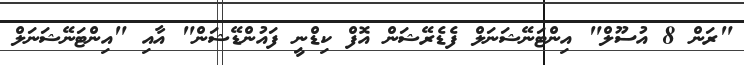
"ރަން 8 އުސޫލް" އިންޓަނޭޝަނަލް ފެޑެރޭޝަން އޮފް ކިޑްނީ ފައުންޑޭޝަން" އާއި "އިންޓަނޭޝަނަލް